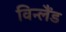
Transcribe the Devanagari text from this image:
विन्लैंड